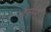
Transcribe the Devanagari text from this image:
हेन्मन